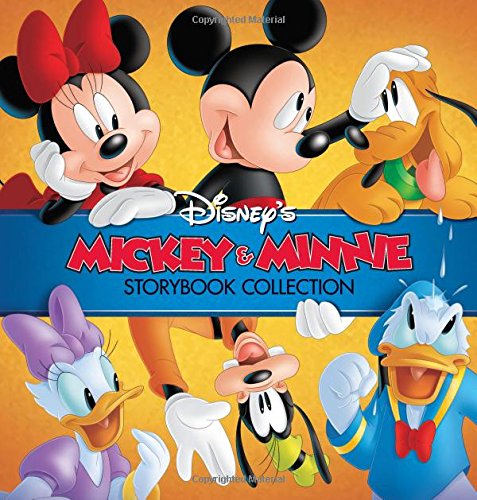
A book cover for Mickey and MinnieEEs Storybook Collection; Disney Book Group; Children's Books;